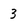
Character: 3